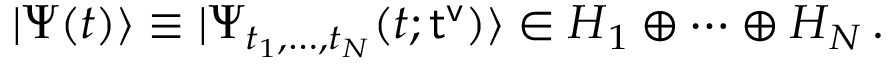
| \Psi ( t ) \rangle \equiv | \Psi _ { t _ { 1 } , \dots , t _ { N } } ( t ; { \sf t ^ { v } } ) \rangle \in \boldsymbol { H } _ { 1 } \oplus \dots \oplus \boldsymbol { H } _ { N } \, .